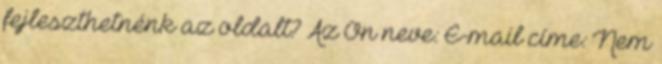
fejleszthetnénk az oldalt? Az Ön neve: E-mail címe: Nem